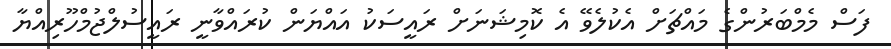
ފަސް މެމްބަރުންގެ މައްޗަށް އެކުލެވޭ އެ ކޮމިޝަނަށް ރައީސަކު އައްޔަން ކުރައްވާނީ ރައީސުލްޖުމްހޫރިއްޔާ